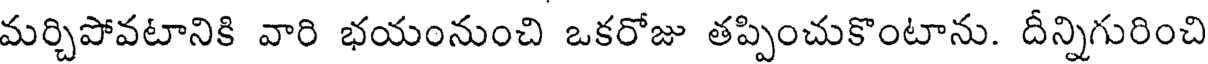
మర్చిపోవటానికి వారి భయంనుంచి ఒకరోజు తప్పించుకొంటాను. దీన్నిగురించి